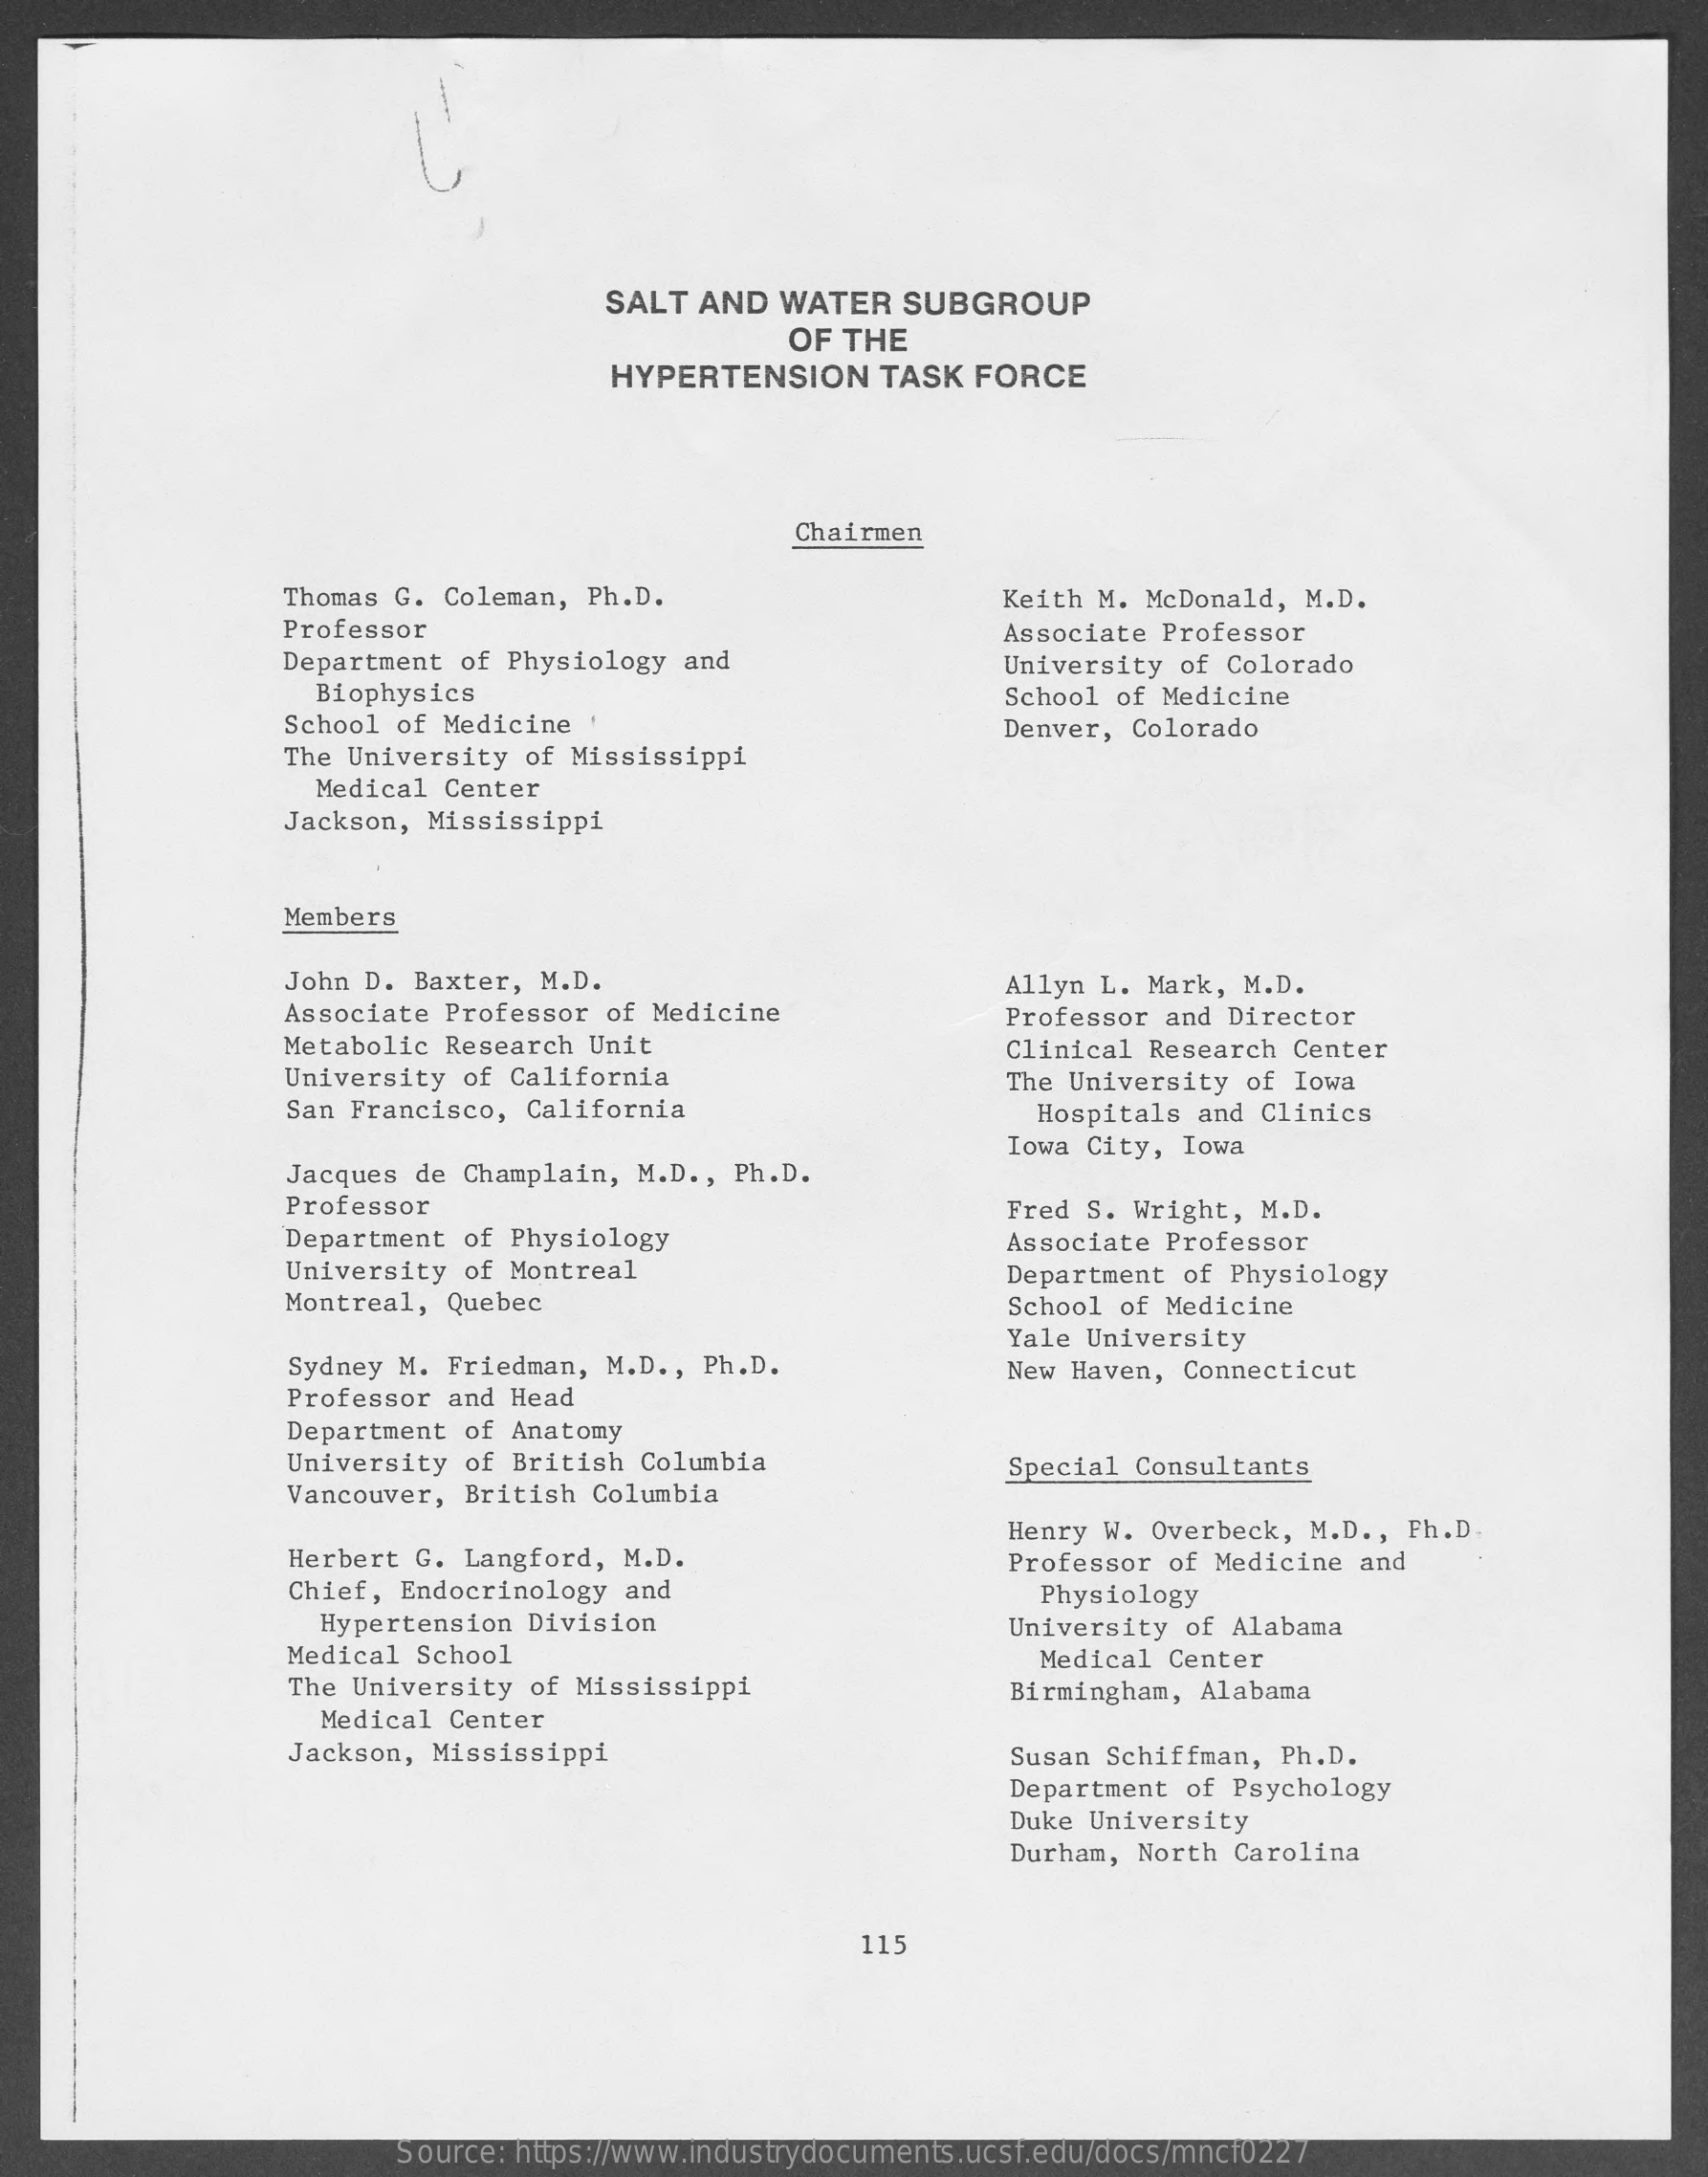
SALT AND  WATER   SUBGROUP
     OF  THE
     HYPERTENSION    TASK  FORCE
     Chairmen
     Thomas G. Coleman, Ph.D.    Keith M. McDonald, M.D.
     Professor
     Department  of Physiology and
     Associate Professor
     Biophysics
     University of Colorado
     School of Medicine '
     School of Medicine
     The University of Mississippi
     Denver, Colorado
     Medical Center
     Jackson, Mississippi
     Members
     John D. Baxter, M.D.
     Associate Professor of Medicine
     Allyn L. Mark, M.D.
     Professor and Director
     Metabolic Research Unit
     University of California
     Clinical Research  Center
     San Francisco, California
     The University  of Iowa
     Hospitals and  Clinics
     Jacques de Champlain, M.D ., Ph.D.
     Iowa City, Iowa
     Professor
     Department of Physiology
     Fred S. Wright,  M.D.
     University of Montreal
     Associate Professor
     Montreal, Quebec
     Department  of Physiology
     School of Medicine
     Sydney M. Friedman, M.D ., Ph.D.
     Yale University
     Professor and Head
     New Haven,  Connecticut
     Department of Anatomy
     University of British Columbia
     Vancouver, British Columbia
     Special Consultants
     Herbert G. Langford, M.D.
     Henry W.  Overbeck, M.D ., Ph.D.
     Chief, Endocrinology and
     Professor  of Medicine and
     Hypertension Division
     Physiology
     Medical School
     University  of Alabama
     The University of Mississippi
     Medical Center
     Medical Center
     Birmingham,  Alabama
     Jackson, Mississippi    Susan Schiffman, Ph.D.
     Department of Psychology
     Duke University
     Durham, North  Carolina
     115
     Source: https://www.industrydocuments.ucsf.edu/docs/mncf0227